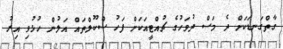
ގާތްގަނޑަކަށް ދެ މަސް ދުވަހުގެ ޗުއްޓީއަކަށް ފަހު ސްކޫލްތައް އަލުން ހުޅުވި އިރު